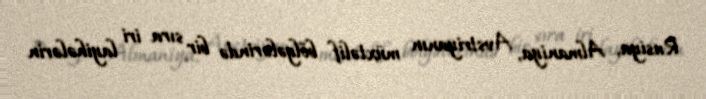
Rusiya, Almaniya, Avstriyanın müxtəlif bölgələrində bir sıra iri layihələrin